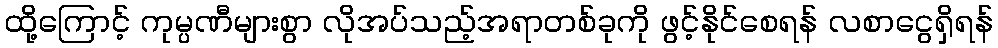
ထို့ကြောင့် ကုမ္ပဏီများစွာ လိုအပ်သည့်အရာတစ်ခုကို ဖွင့်နိုင်စေရန် လစာငွေရှိရန်